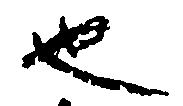
也